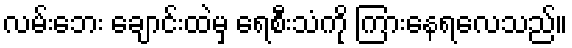
လမ်းဘေး ချောင်းထဲမှ ရေစီးသံကို ကြားနေရလေသည်။